Vaccination in Bombay 1863-1868 - 1863-1868
Year: 1863
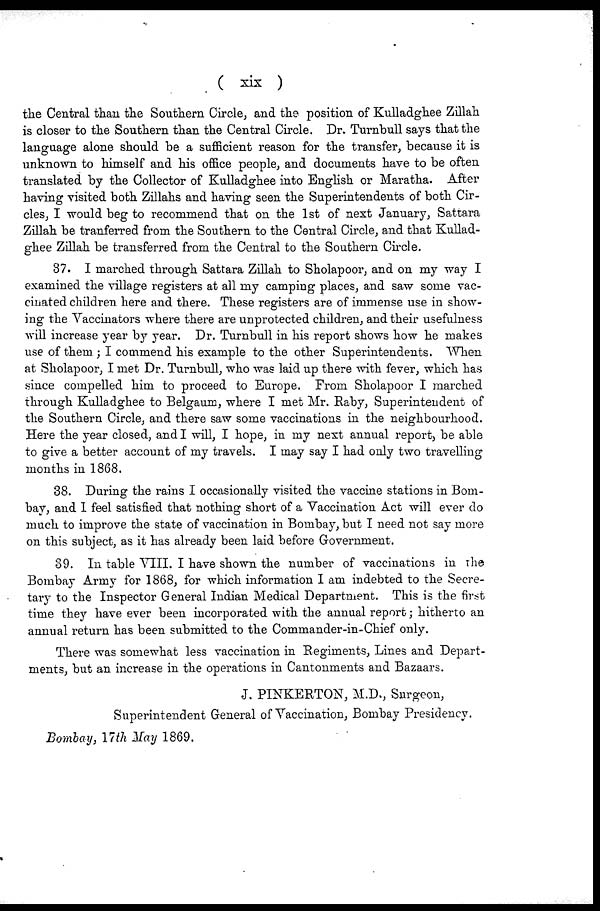
( xix )
the Central than the Southern Circle, and the position of Kulladghee Zillah
is closer to the Southern than the Central Circle. Dr. Turnbull says that the
language alone should be a sufficient reason for the transfer, because it is
unknown to himself and his office people, and documents have to be often
translated by the Collector of Kulladghee into English or Maratha. After
having visited both Zillahs and having seen the Superintendents of both Cir-
cles, I would beg to recommend that on the 1st of next January, Sattara
Zillah be tranferred from the Southern to the Central Circle, and that Kullad-
ghee Zillah be transferred from the Central to the Southern Circle.
37. I marched through Sattara Zillah to Sholapoor, and on my way I
examined the village registers at all my camping places, and saw some vac-
cinated children here and there. These registers are of immense use in show-
ing the Vaccinators where there are unprotected children, and their usefulness
will increase year by year. Dr. Turnbull in his report shows how he makes
use of them ; I commend his example to the other Superintendents. When
at Sholapoor, I met Dr. Turnbull, who was laid up there with fever, which has
since compelled him to proceed to Europe. From Sholapoor I marched
through Kulladghee to Belgaum, where I met Mr. Raby, Superintendent of
the Southern Circle, and there saw some vaccinations in the neighbourhood.
Here the year closed, and I will, I hope, in my next annual report, be able
to give a better account of my travels. I may say I had only two travelling
months in 1868.
38. During the rains I occasionally visited the vaccine stations in Bom-
bay, and 1 feel satisfied that nothing short of a Vaccination Act will ever do
much to improve the state of vaccination in Bombay, but I need not say more
on this subject, as it has already been laid before Government.
39. In table VIII. I have shown the number of vaccinations in the
Bombay Army for 1868, for which information I am indebted to the Secre-
tary to the Inspector General Indian Medical Department. This is the first
time they have ever been incorporated with the annual report; hitherto an
annual return has been submitted to the Commander-in-Chief only.
There was somewhat less vaccination in Regiments, Lines and Depart-
ments, but an increase in the operations in Cantonments and Bazaars.
J. PINKERTON, M.D., Surgeon,
Superintendent General of Vaccination, Bombay Presidency.
Bombay, 17th May 1869.